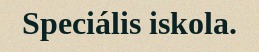
Speciális iskola.